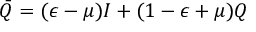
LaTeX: { \bar { Q } } = ( \epsilon - \mu ) I + ( 1 - \epsilon + \mu ) Q